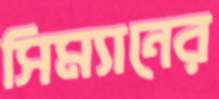
সিম্যানের